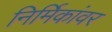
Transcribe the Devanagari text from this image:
निर्मिकांवर